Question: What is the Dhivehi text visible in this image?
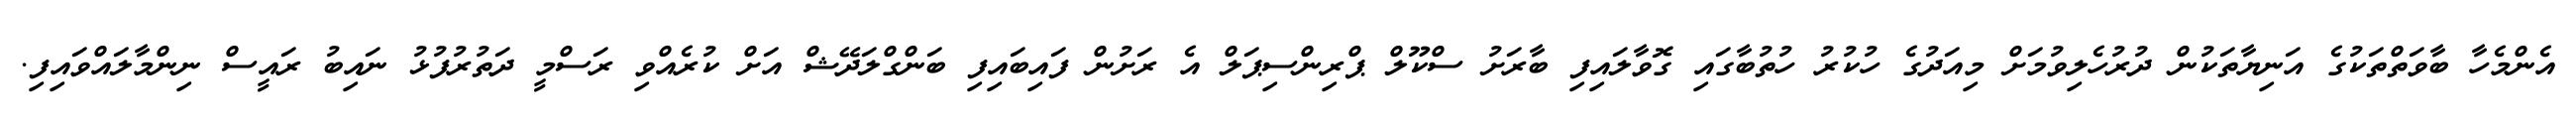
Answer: އެންމެހާ ބާވަތްތަކުގެ އަނިޔާތަކުން ދުރުހެލިވުމަށް މިއަދުގެ ހުކުރު ހުތުބާގައި ގޮވާލައިފި ބާރަށު ސްކޫލް ޕްރިންސިޕަލް އެ ރަށުން ފައިބައިފި ބަންގްލަދޭޝް އަށް ކުރެއްވި ރަސްމީ ދަތުރުފުޅު ނައިބު ރައީސް ނިންމާލައްވައިފި.